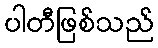
ပါတီဖြစ်သည်